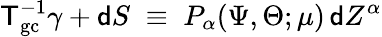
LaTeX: {\sf T}_{\mathrm{gc}}^{-1}\gamma+{\sf d}S\; \equiv\; P_{\alpha}(\Psi,\Theta;\mu)\, {\sf d}Z^{\alpha}